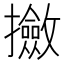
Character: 𫾛